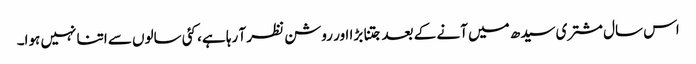
اس سال مشتری سیدھ میں آنے کے بعد جتنا بڑا اور روشن نظر آ رہا ہے، کئی سالوں سے اتنا نہیں ہوا۔